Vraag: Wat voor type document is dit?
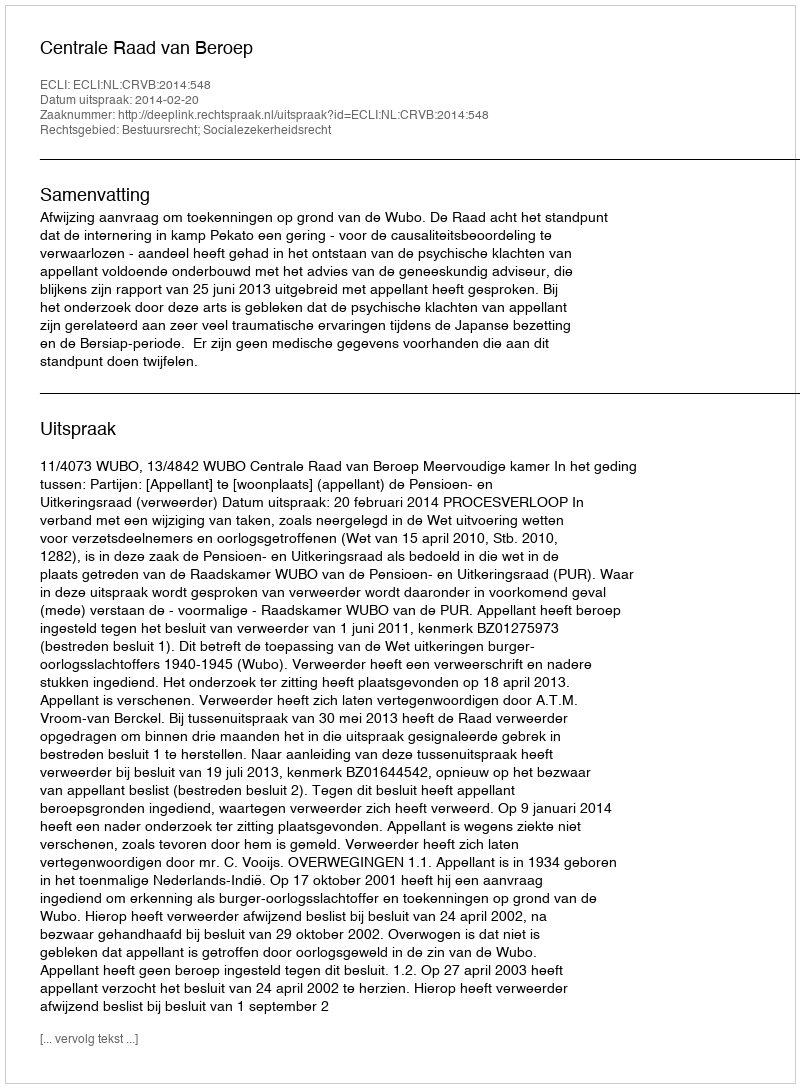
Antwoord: Uitspraak